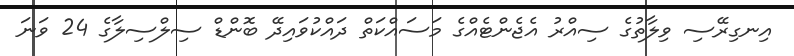
އިނގިރޭސި ވިލާތުގެ ސިއްރު އެޖެންޓެއްގެ މަސައްކަތް ދައްކުވައިދޭ ބޮންޑް ސިލްސިލާގެ 24 ވަނަ